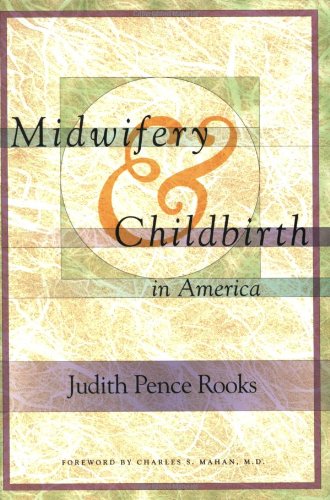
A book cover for Midwifery and Childbirth in America; Judith Rooks; Medical Books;